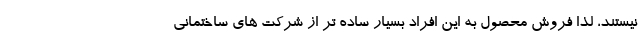
نیستند، لذا فروش محصول به این افراد بسیار ساده تر از شرکت های ساختمانی